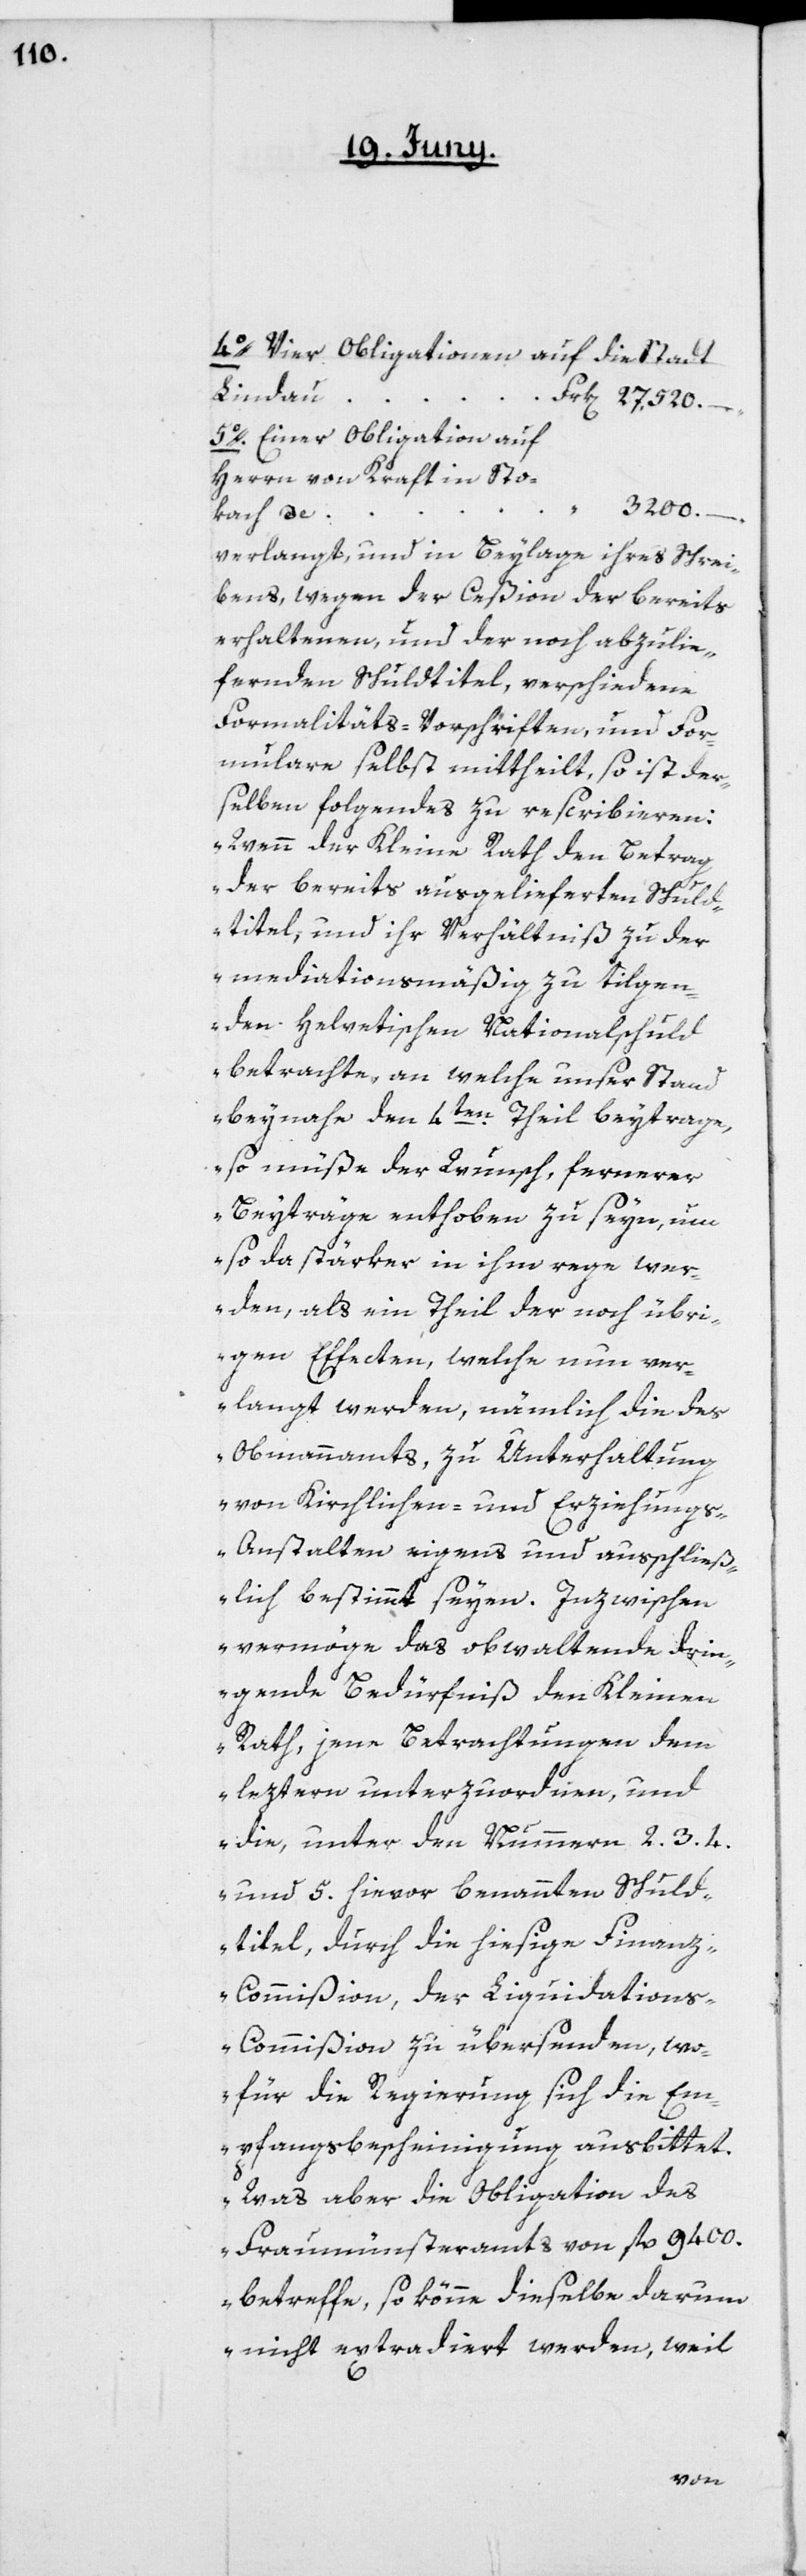
4o. Vier Obligationen auf die Stadt
Lindau,
5o. Einer Obligation auf
Herrn von Kraft in Sto¬
kach, de
verlangt, und in Beylage ihres Schrei¬
bens, wegen der Ceßion der bereits
erhaltenen, und der noch abzulie¬
fernden Schuldtitel, verschiedene
Formalitäts-Vorschriften, und For¬
mulare selbst mittheilt, so ist der¬
selben folgendes zu rescribieren:
„Wenn der Kleine Rath den Betrag
der bereits ausgelieferten Schuld¬
titel, und ihr Verhältniß zu der
mediationsmäßig zu tilgen¬
den helvetischen Nationalschuld
betrachte, an welche unser Stand
beynahe den 4ten Theil beytrage,
so müße der Wunsch, fernerer
Beyträge enthoben zu seyn, um
so da stärker in ihm rege wer¬
den, als ein Theil der noch übri¬
gen Effecten, welche nun ver¬
langt werden, nämlich die des
Obmannamts, zu Unterhaltung
von Kirchlichen- und Erziehung¬
s-Anstalten eigens und ausschließ¬
lich bestimmt seyen. Inzwischen
vermöge das obwaltende drin¬
gende Bedürfniß den Kleinen
Rath, jene Betrachtungen dem
leztern unterzuordnen, und
die, unter den Nummern 2.[,]
und 5. hievor benannten Schuld¬
titel, durch die hiesige Finan¬
z-Commißion, der Liquidation¬
s-Commißion zu übersenden, wo¬
für die Regierung sich die Em¬
pfangsbescheinigung ausbittet.
Was aber die Obligation des
Fraumünsteramts von fl. 9400.
betreffe, so könne dieselbe darum
nicht extradiert werden, weil